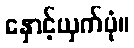
နှောင့်ယှက်ပုံ။